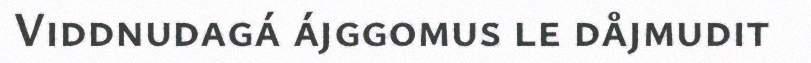
Viddnudagá ájggomus le dåjmudit